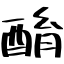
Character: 酳